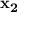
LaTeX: \mathbf { x _ { 2 } }